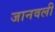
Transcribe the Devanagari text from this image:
जानवली